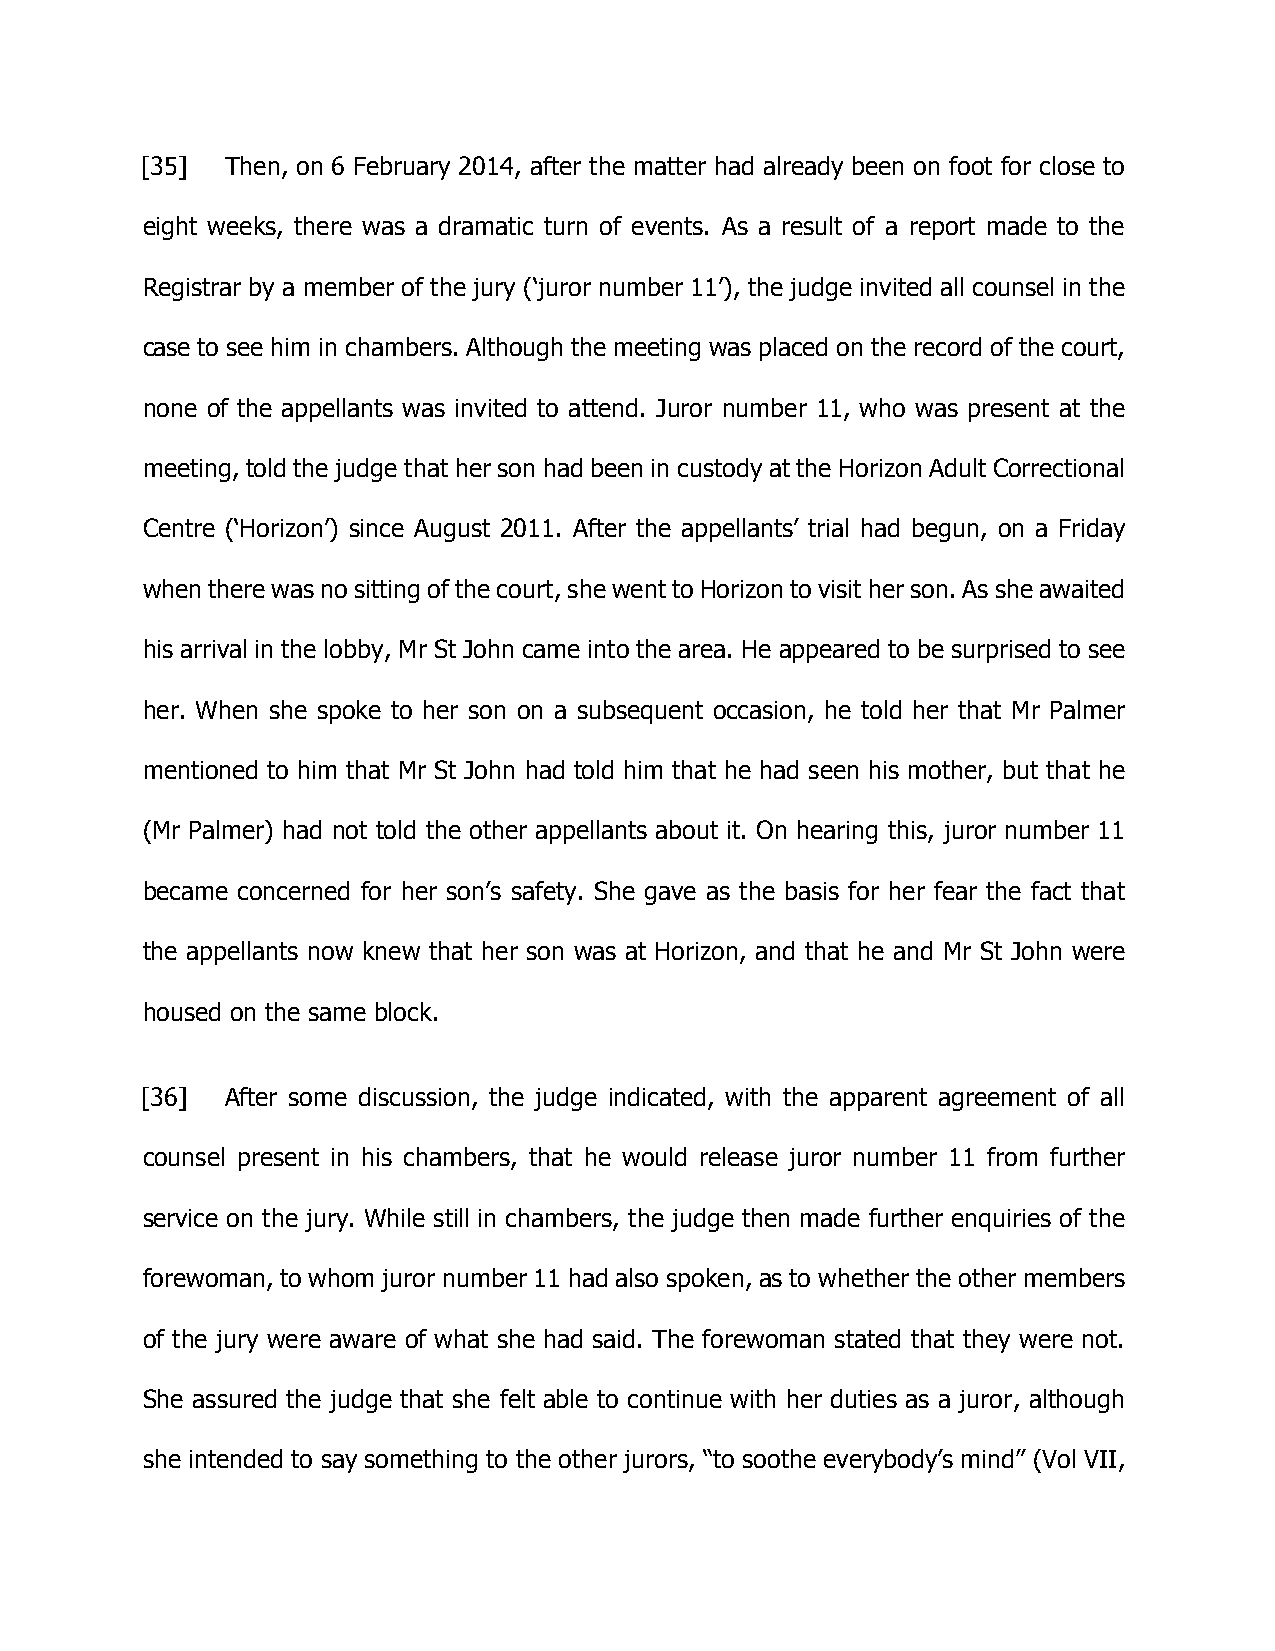
[35]  Then, on 6 February 2014, after the matter had already been on foot for close to
 eight weeks, there was a dramatic turn of events. As a result of a report made to the
 Registrar by a member of the jury (‘juror number 11’), the judge invited all counsel in the
 case to see him in chambers. Although the meeting was placed on the record of the court,
 none of the appellants was invited to attend. Juror number 11, who was present at the
 meeting, told the judge that her son had been in custody at the Horizon Adult Correctional
 Centre (‘Horizon’) since August 2011. After the appellants’ trial had begun, on a Friday
 when there was no sitting of the court, she went to Horizon to visit her son. As she awaited
 his arrival in the lobby, Mr St John came into the area. He appeared to be surprised to see
 her. When she spoke to her son on a subsequent occasion, he told her that Mr Palmer
 mentioned to him that Mr St John had told him that he had seen his mother, but that he
 (Mr Palmer) had not told the other appellants about it. On hearing this, juror number 11
 became concerned for her son’s safety. She gave as the basis for her fear the fact that
 the appellants now knew that her son was at Horizon, and that he and Mr St John were
 housed on the same block.
 [36]  After some discussion, the judge indicated, with the apparent agreement of all
 counsel present in his chambers, that he would release juror number 11 from further
 service on the jury. While still in chambers, the judge then made further enquiries of the
 forewoman, to whom juror number 11 had also spoken, as to whether the other members
 of the jury were aware of what she had said. The forewoman stated that they were not.
 She assured the judge that she felt able to continue with her duties as a juror, although
 she intended to say something to the other jurors, “to soothe everybody’s mind” (Vol VII,